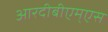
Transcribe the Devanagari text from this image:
आरदीबीएम्एस